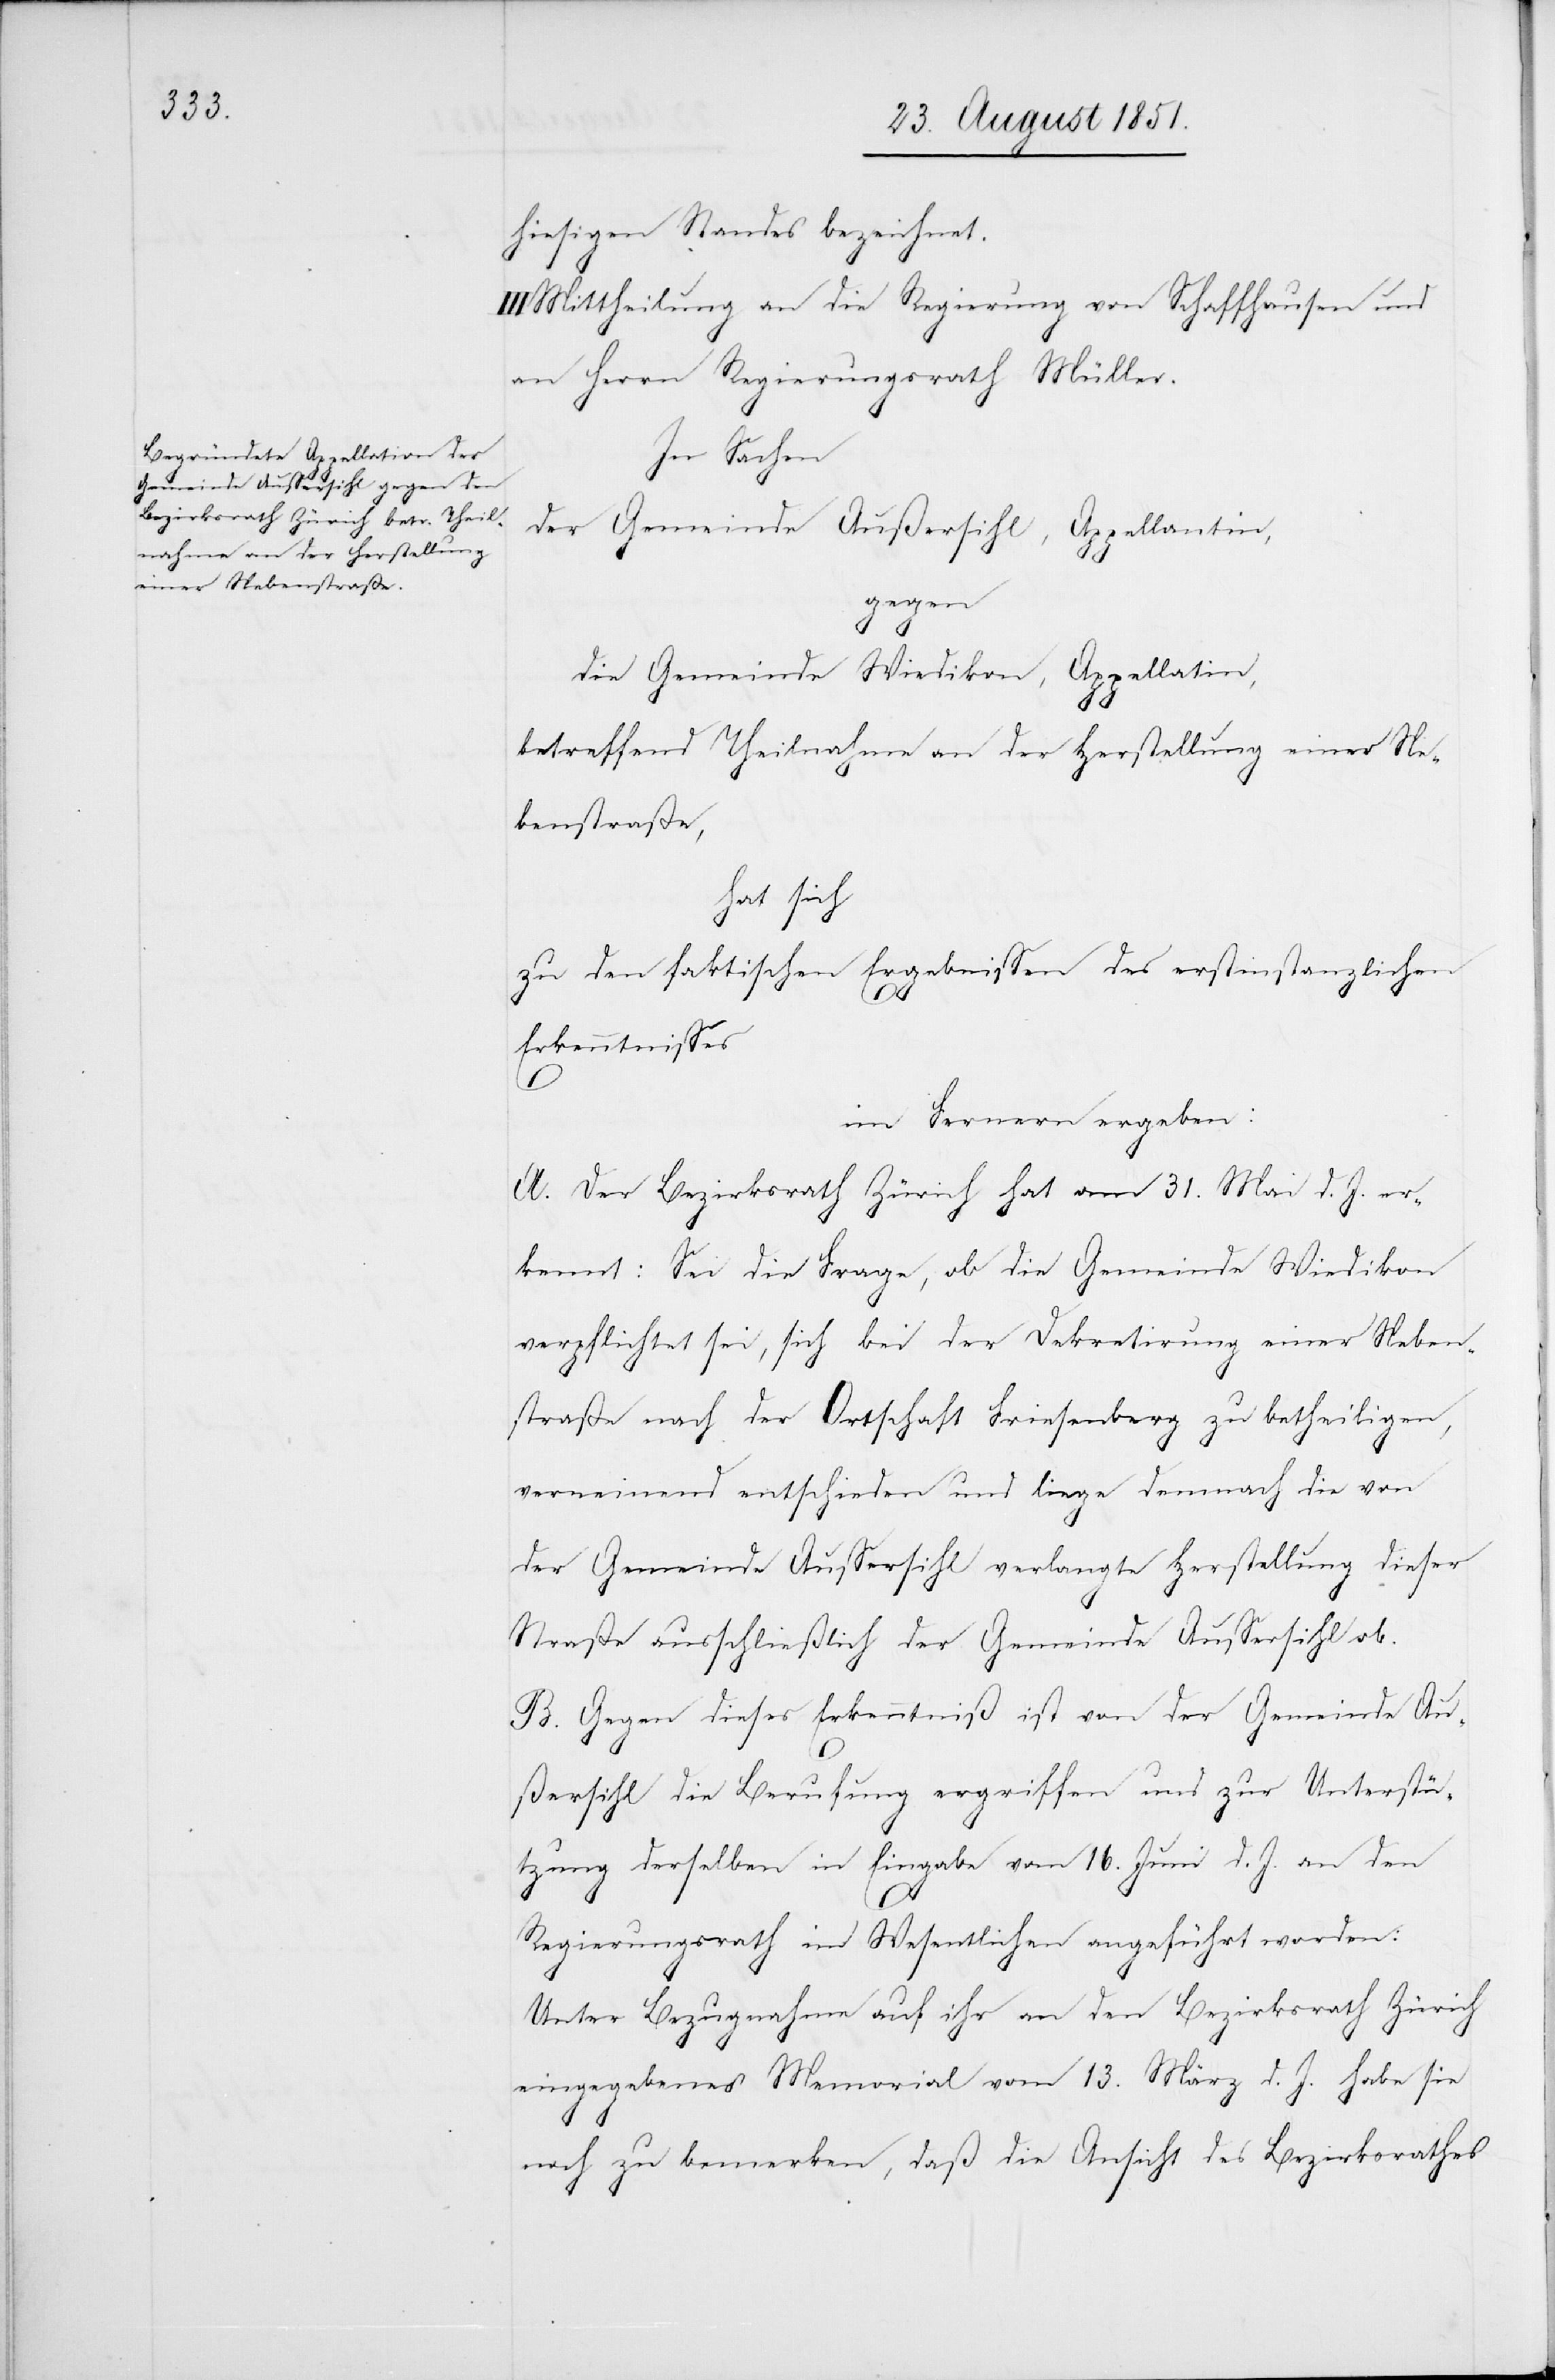
hiesigen Standes bezeichnet.
Mittheilung an die Regierung von Schaffhausen und
an Herrn Regierungsrath Müller.
In Sachen
der Gemeinde Außersihl, Appellantin,
gegen
die Gemeinde Wiedikon, Appellatin,
betreffend Theilnahme an der Herstellung einer Ne¬
benstraße,
hat sich
zu den faktischen Ergebnissen des erstinstanzlichen
Erkenntnisses
im Fernern ergeben:
A. Der Bezirksrath Zürich hat am 31. Mai d. J. er¬
kennt: Sei die Frage, ob die Gemeinde Wiedikon
verpflichtet sei, sich bei der Dekretirung einer Neben¬
straße nach der Ortschaft Friesenberg zu betheiligen,
verneinend entschieden und liege demnach die von
der Gemeinde Aussersihl verlangte Herstellung dieser
Straße ausschließlich der Gemeinde Aussersihl ob.
B. Gegen dieses Erkenntniß ist von der Gemeinde Au¬
ßersihl die Berufung ergriffen und zur Unterstü¬
tzung derselben in Eingabe vom 16. Juni d. J. an den
Regierungsrath im Wesentlichen angeführt worden:
Unter Bezugnahme auf ihr an den Bezirksrath Zürich
eingegebenes Memorial vom 13. März d. J. habe sie
noch zu bemerken, daß die Ansicht des Bezirksrathes